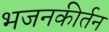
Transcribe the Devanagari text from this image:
भजनकीर्तन